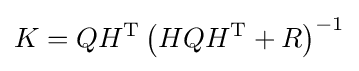
K=QH^{\mathrm {T} }\left(HQH^{\mathrm {T} }+R\right)^{-1}